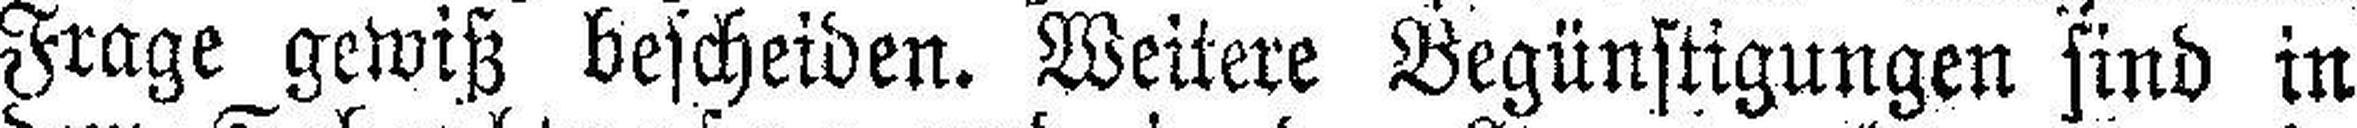
Frage gewiß bescheiden. Weitere Begünstigungen sind in